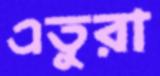
এতুরা